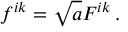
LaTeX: f ^ { i k } = \sqrt { a } F ^ { i k } \, .